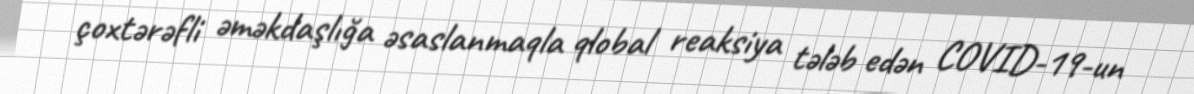
çoxtərəfli əməkdaşlığa əsaslanmaqla qlobal reaksiya tələb edən COVID-19-un